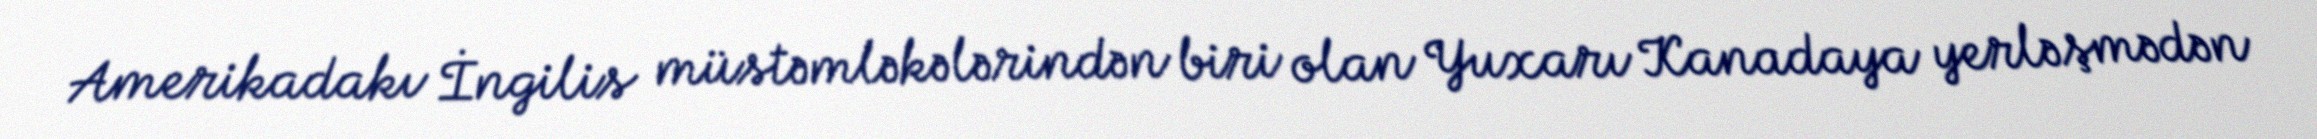
Amerikadakı İngilis müstəmləkələrindən biri olan Yuxarı Kanadaya yerləşmədən